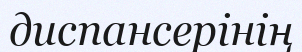
диспансерінің